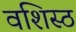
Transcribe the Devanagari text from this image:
वशिस्ठ